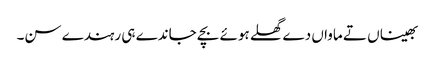
بھیناں تے ماواں دے گھلے ہوئے بچے جاندے ہی رہندے سن۔